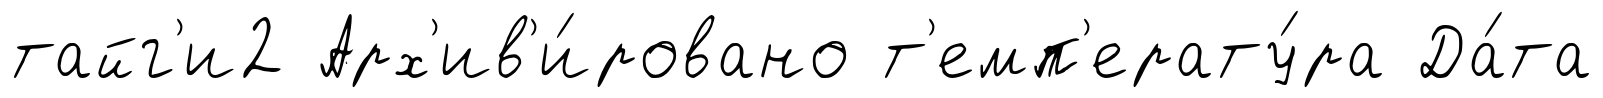
тайг'и2 Арх'ив'и́ровано т'емп'ерату́ра Да́та